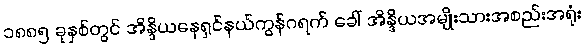
၁၈၈၅ ခုနှစ်တွင် အိန္ဒိယနေရှင်နယ်ကွန်ဂရက် ခေါ် အိန္ဒိယအမျိုးသားအစည်းအရုံး